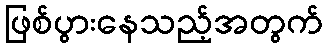
ဖြစ်ပွားနေသည့်အတွက်